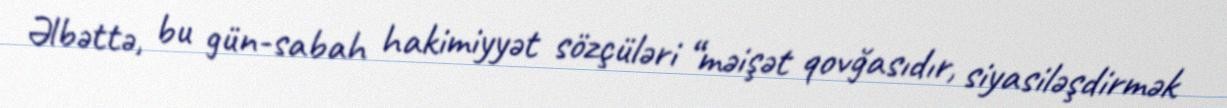
Əlbəttə, bu gün-sabah hakimiyyət sözçüləri “məişət qovğasıdır, siyasiləşdirmək